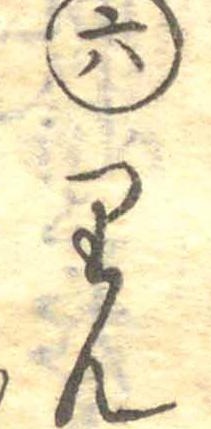
六りん